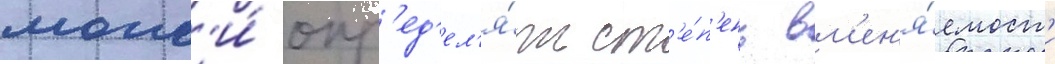
могл'и́ опр'ед'ел'я́ть ст'е́п'ень вм'ен'я́емост'и